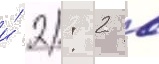
и́ 2: 2 в